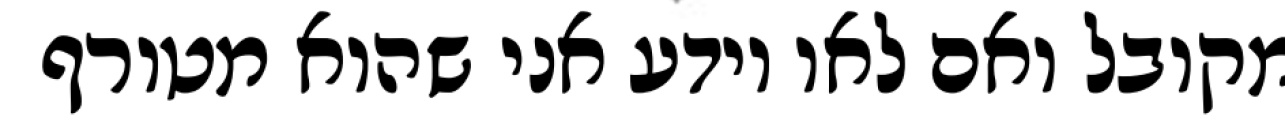
מקובל ואם לאו יודע אני שהוא מטורף